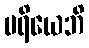
မရိယေဘိ